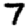
Digit: 7